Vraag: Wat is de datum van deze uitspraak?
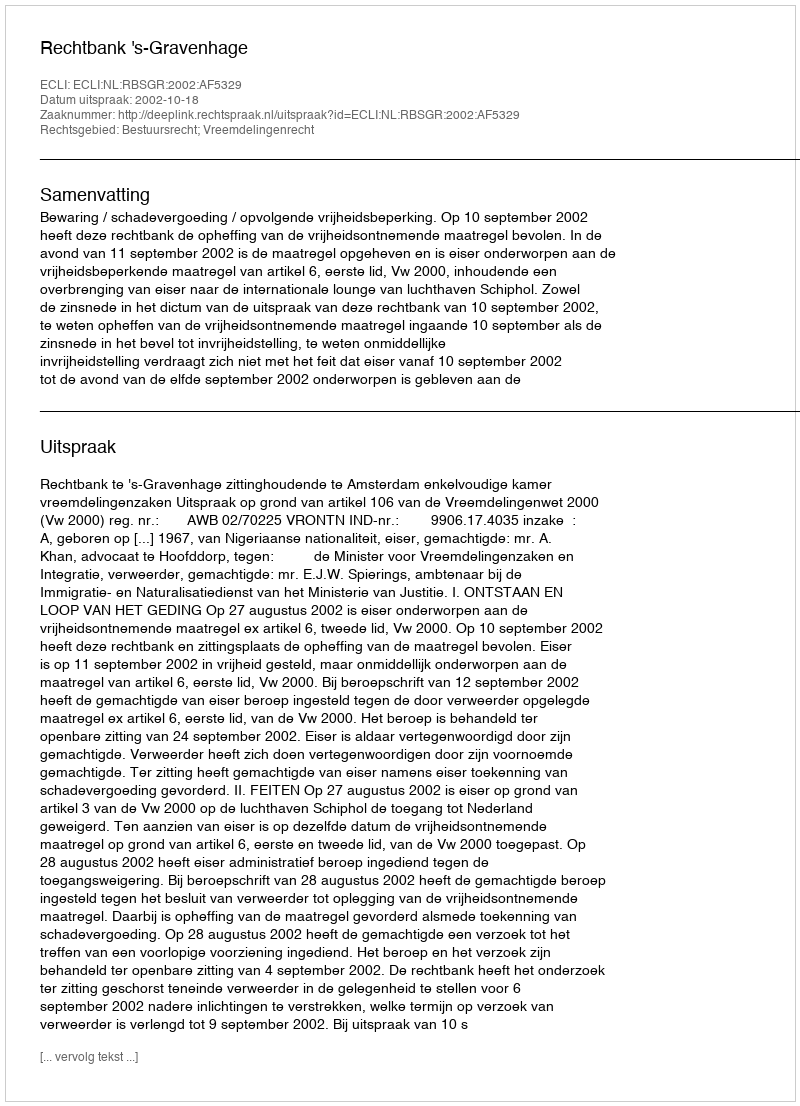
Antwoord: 2002-10-18